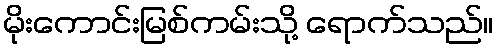
မိုးကောင်းမြစ်ကမ်းသို့ ရောက်သည်။